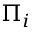
\Pi _ { i }